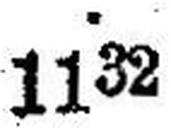
1132